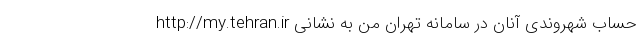
حساب شهروندی آنان در سامانه تهران من به نشانی http://my.tehran.ir